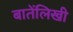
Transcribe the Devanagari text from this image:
बातेंलिखी